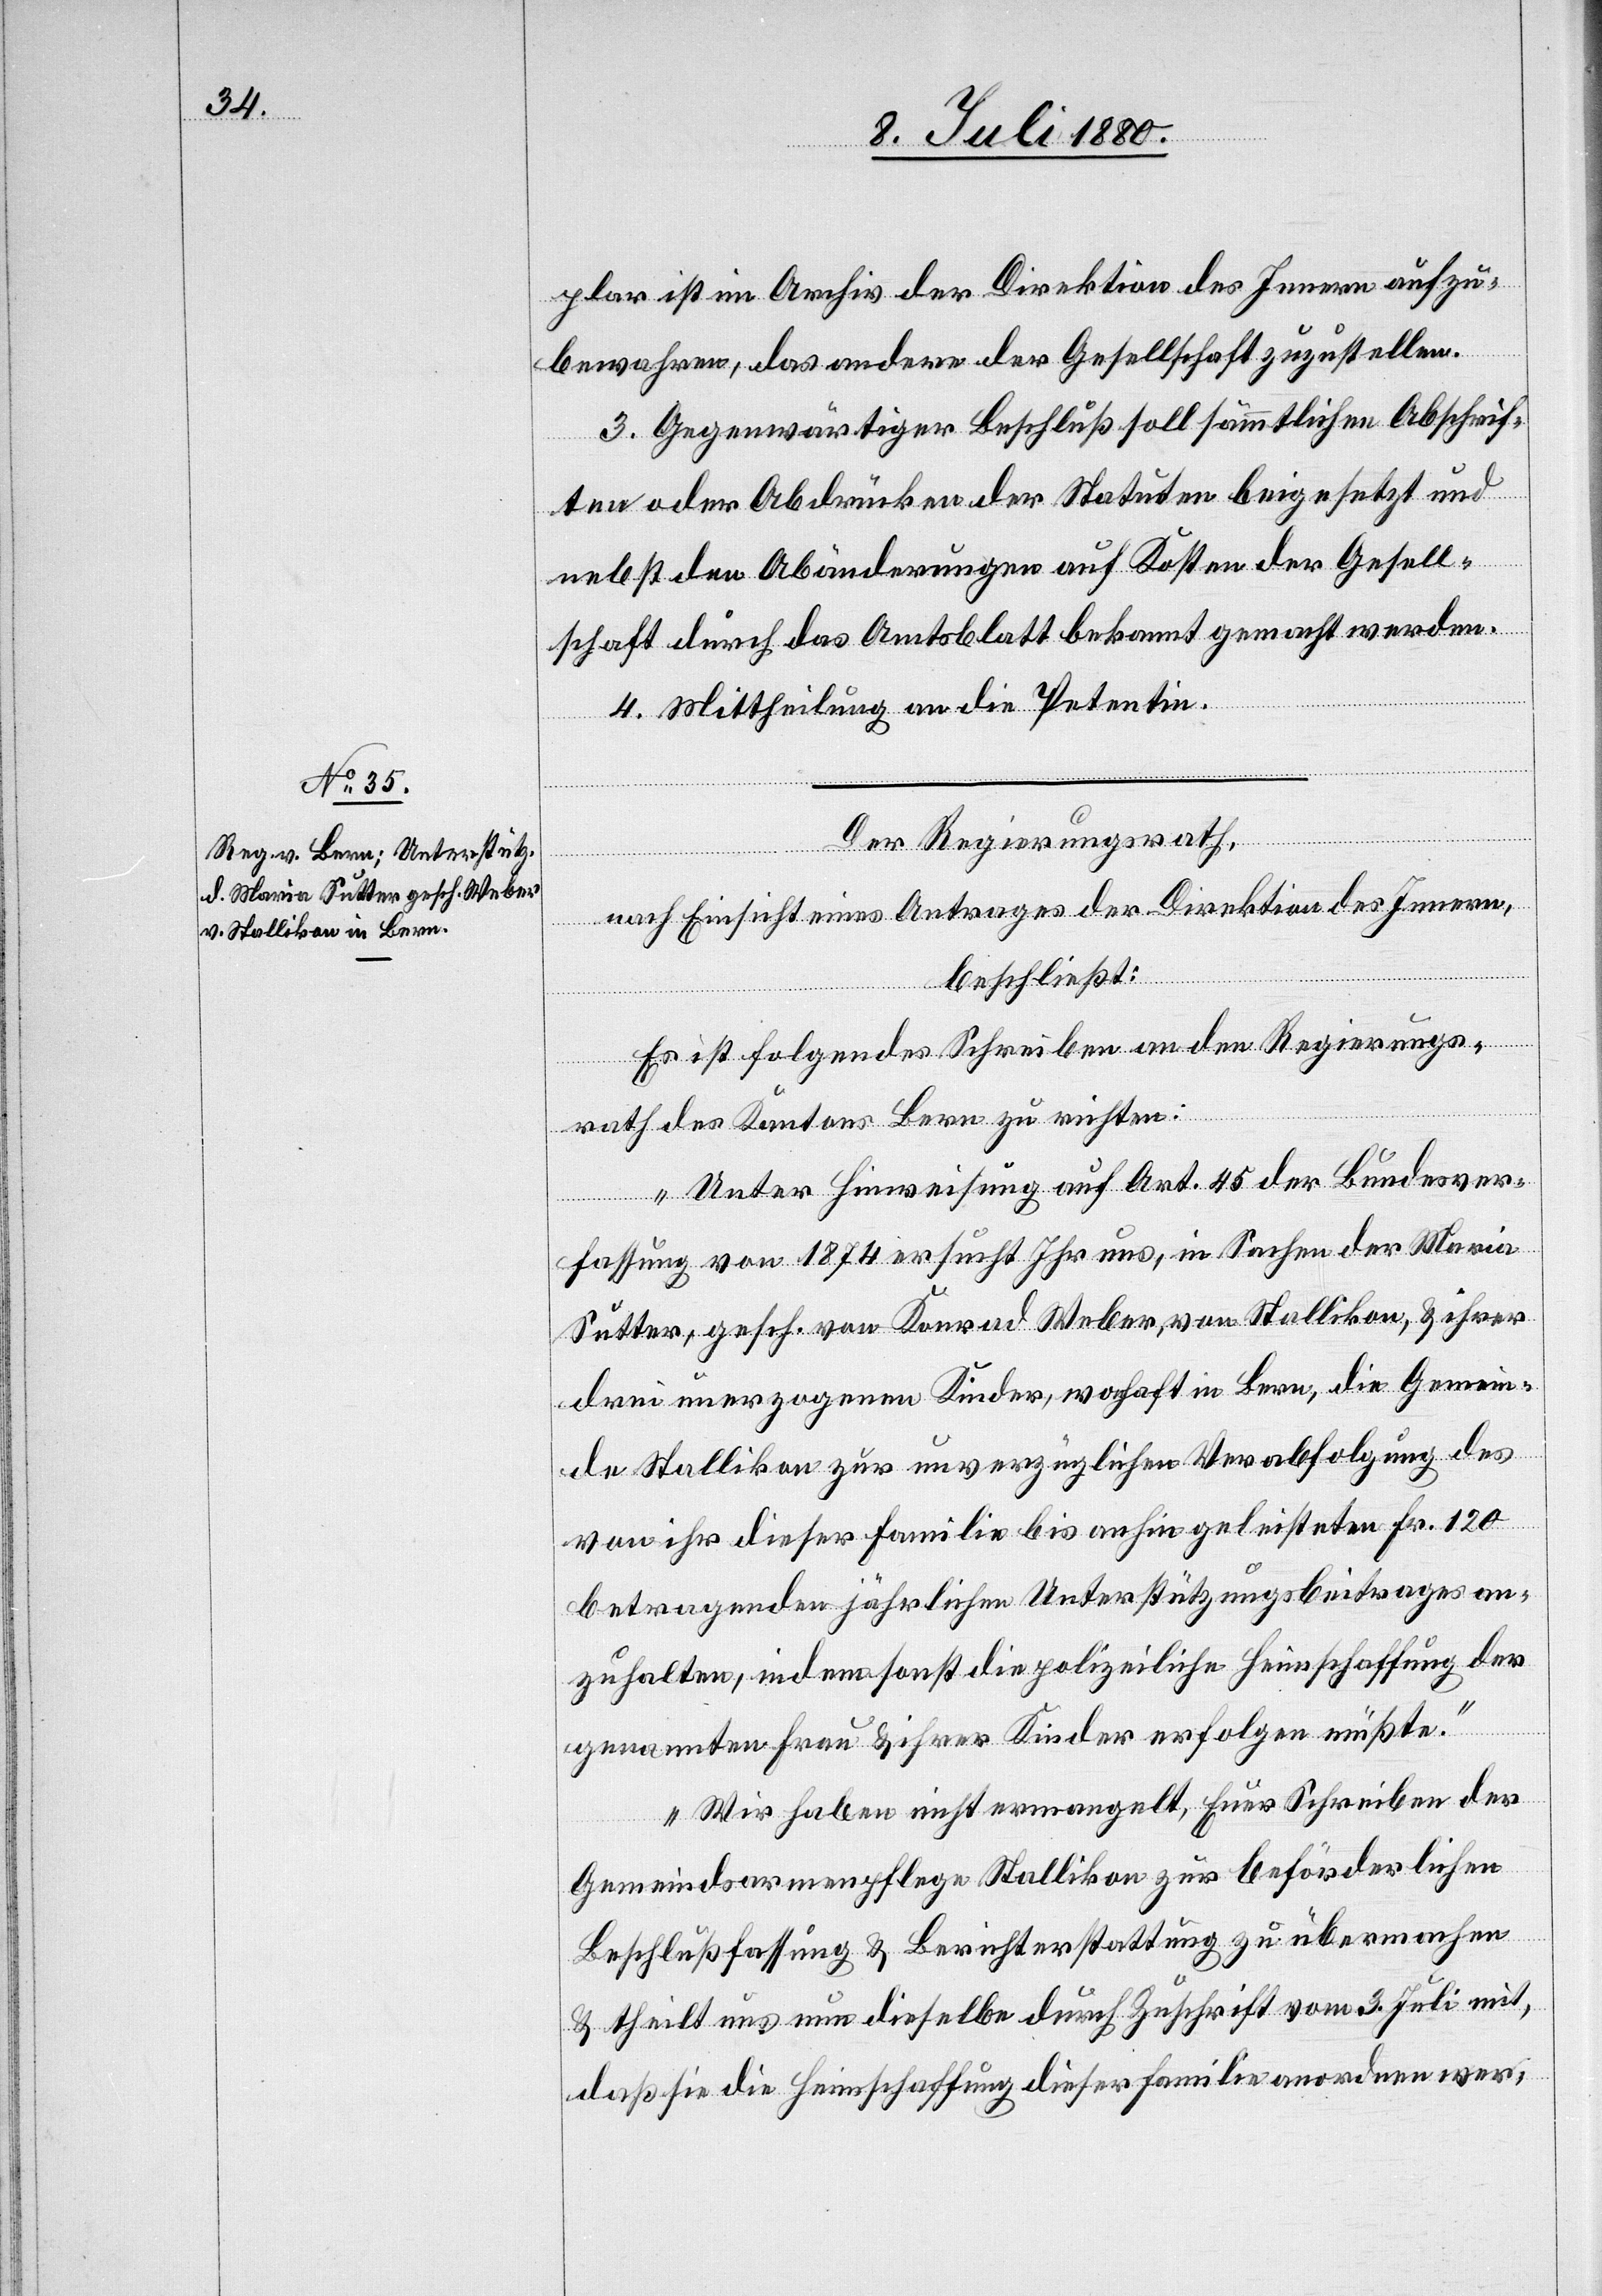
plar ist im Archiv der Direktion des Innern aufzu¬
bewahren, das andere der Gesellschaft zuzustellen.
3. Gegenwärtiger Beschluß soll sämmtlichen Abschrif¬
ten oder Abdrücken der Statuten beigesetzt und
nebst den Abänderungen auf Kosten der Gesell¬
schaft durch das Amtsblatt bekannt gemacht werden.
4. Mittheilung an die Petentin.
Der Regierungsrath,
nach Einsicht eines Antrages der Direktion des Innern,
beschließt:
Es ist folgendes Schreiben an den Regierungs¬
rath des Kantons Bern zu richten:
„Unter Hinweisung auf Art. 45 der Bundesver¬
fassung von 1874 ersucht Ihr uns, in Sachen der Maria
Sutter, gesch. von Konrad Weber, von Stallikon, & ihrer
drei unerzogenen Kinder, wonhaft [sic!] in Bern, die Gemein¬
de Stallikon zur unverzüglichen Verabfolgung des
von ihr dieser Familie bis anhin geleisteten Fr. 120
betragenden jährlichen Unterstützungsbeitrages an¬
zuhalten, indem sonst die polizeiliche Heimschaffung der
genannten Frau & ihrer Kinder erfolgen müßte.
Wir haben nicht ermangelt, Euer Schreiben der
Gemeindsarmenpflege Stallikon zur beförderlichen
Beschlußfassung & Berichterstattung zu übermachen
& theilt uns nun dieselbe durch Zuschrift vom 3. Juli mit,
daß sie die Heimschaffung dieser Familie anordnen wer-